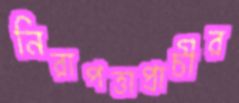
নিরাপত্তাপ্রাচীর